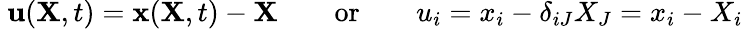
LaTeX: \ \mathbf{u}(\mathbf{X},t)=\mathbf{x}(\mathbf{X},t)-\mathbf{X}\qquad{\mathrm{or}}\qquad u_{i}=x_{i}-\delta_{iJ}X_{J}=x_{i}-X_{i}